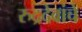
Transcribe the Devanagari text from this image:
रुद्रदेवांचे